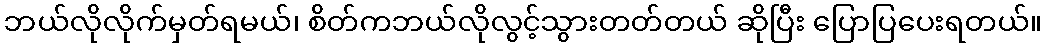
ဘယ်လိုလိုက်မှတ်ရမယ်၊ စိတ်ကဘယ်လိုလွင့်သွားတတ်တယ် ဆိုပြီး ပြောပြပေးရတယ်။